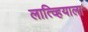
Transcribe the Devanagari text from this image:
लात्व्हियाला